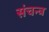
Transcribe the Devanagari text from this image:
संचन्त्र